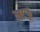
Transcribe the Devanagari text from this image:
वाटफू